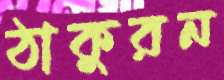
ঠাকুরন